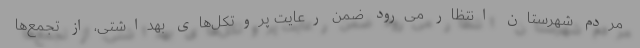
مردم شهرستان انتظار می‌رود ضمن رعایت پروتکل‌های بهداشتی، از تجمع‌ها